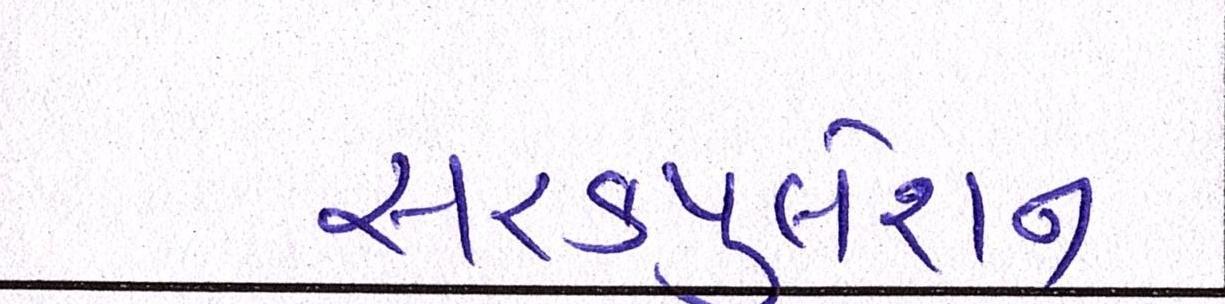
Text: સરકયુલેશન